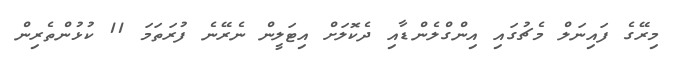
މިރޭގެ ފައިނަލް މެޗުގައި އިންގްލެންޑާއި ދެކޮލަށް އިޓަލީން ނެރޭނެ ފުރަތަމަ 11 ކުޅުންތެރިން